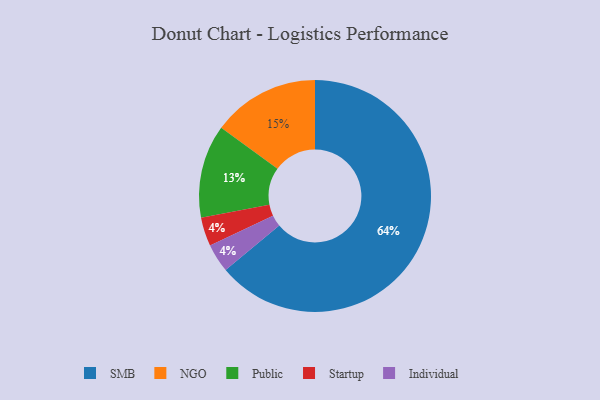
{"axis": {"x": "Category", "y": "Percentage"}, "legend": ["Individual", "NGO", "Public", "SMB", "Startup"], "data": [{"x": "NGO", "y": 15, "type": "NGO"}, {"x": "SMB", "y": 64, "type": "SMB"}, {"x": "Startup", "y": 4, "type": "Startup"}, {"x": "Public", "y": 13, "type": "Public"}, {"x": "Individual", "y": 4, "type": "Individual"}]}